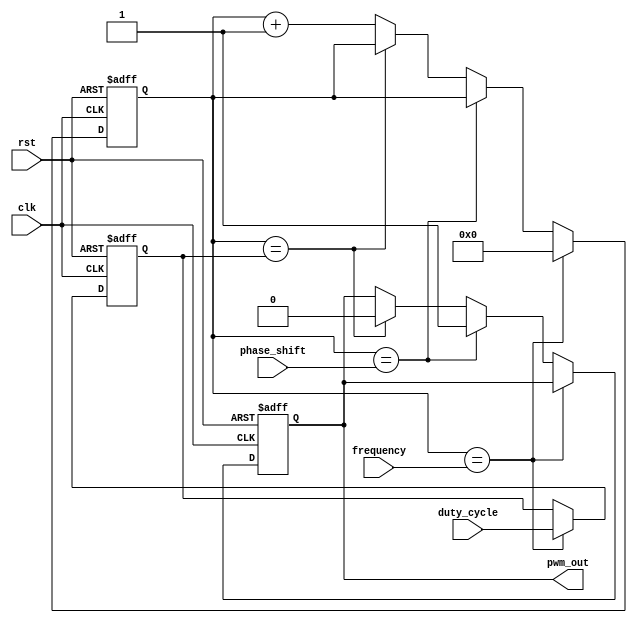
module pwm_generator (
  input wire clk,
  input wire rst,
  input wire [7:0] duty_cycle,
  input wire [15:0] frequency,
  input wire [7:0] phase_shift,
  output reg pwm_out
);

reg [15:0] pwm_counter;
reg [7:0] pwm_width;

always @ (posedge clk or posedge rst) begin
  if (rst) begin
    pwm_counter <= 0;
    pwm_width <= 0;
    pwm_out <= 0;
  end else begin
    if (pwm_counter == frequency) begin
      pwm_counter <= 0;
      pwm_width <= duty_cycle;
    end else if (pwm_counter == phase_shift) begin
      pwm_out <= 1;
    end else if (pwm_counter == pwm_width) begin
      pwm_out <= 0;
    end else begin
      pwm_counter <= pwm_counter + 1;
    end
  end
end

endmodule